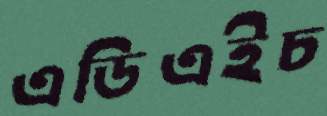
এডিএইচ